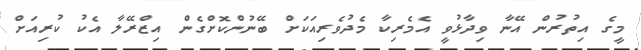
މީގެ އިތުރުން އޭނާ ވިދާޅުވީ އެމެރިކާ މެދުވެރިއަކަށް ބޭނުންކޮށްގެން އިޒްރޭލާ އެކު ކުރިއަށް